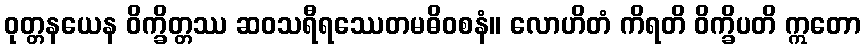
ဝုတ္တနယေန ဝိက္ခိတ္တဿ ဆဝသရီရဿေတမဓိဝစနံ။ လောဟိတံ ကိရတိ ဝိက္ခိပတိ ဣတော